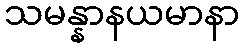
သမန္နာနယမာနာ